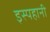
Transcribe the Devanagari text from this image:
इस्पहानी